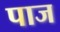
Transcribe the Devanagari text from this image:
पाज